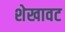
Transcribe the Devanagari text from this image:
शेखावट